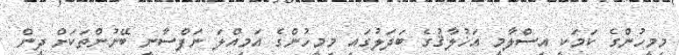
މިމީހުންގެ ކަމަކީ އިސްލާމީ އަޚުލާޤުގެ ބަދަލުގައި މިމީހުންގެ އަމިއްލަ ނަފްސާނީ ބޭނުންތަކަށް ދީން